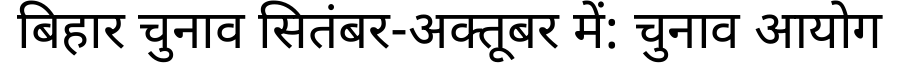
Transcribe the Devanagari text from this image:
बिहार चुनाव सितंबर-अक्तूबर में: चुनाव आयोग